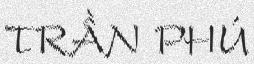
TRẦN PHÚ